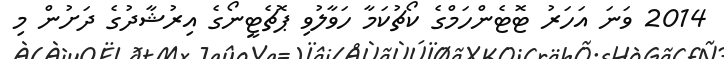
2014 ވަނަ އަހަރު ޓޮޓެންހަމްގެ ކޯޗުކަމާ ހަވާލުވި ޕޮޗެޓީނޯގެ އިރުޝާދުގެ ދަށުން މި